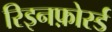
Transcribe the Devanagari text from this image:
रिइनफ़ोर्स्ड